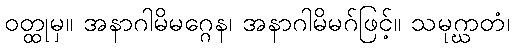
ဝတ္ထုမှ။ အနာဂါမိမဂ္ဂေန၊ အနာဂါမိမဂ်ဖြင့်။ သမုဂ္ဃာတံ၊